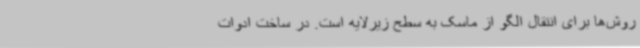
روش‌ها برای انتقال الگو از ماسک به سطح زیرلایه است. در ساخت ادوات